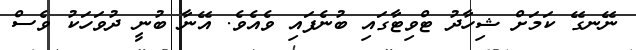
ނޭނގޭ ކަމަށް ޝިހާދު ޓްވިޓާގައި ބުނެފައި ވެއެވެ. އޭނާ ބުނީ ދުވަހަކު ވެސް